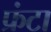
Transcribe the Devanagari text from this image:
फ्रंटा